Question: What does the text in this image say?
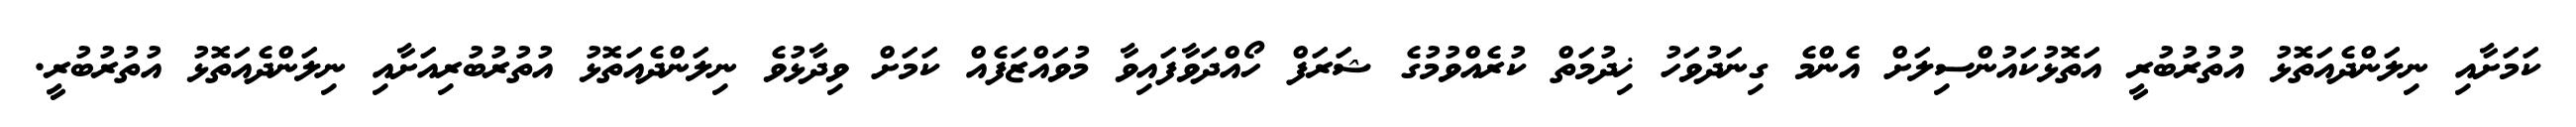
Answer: ކަމަށާއި ނިލަންދެއަތޮޅު އުތުރުބުރީ އަތޮޅުކައުންސިލަށް އެންމެ ގިނަދުވަހު ޚިދުމަތް ކުރެއްވުމުގެ ޝަރަފް ހޯއްދަވާފައިވާ މުވައްޒަފެއް ކަމަށް ވިދާޅުވެ ނިލަންދެއަތޮޅު އުތުރުބުރިއަށާއި ނިލަންދެއަތޮޅު އުތުރުބުރީ.